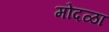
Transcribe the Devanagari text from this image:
मोदळा